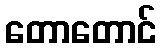
တောတောင်